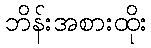
ဘိန်းအစားထိုး